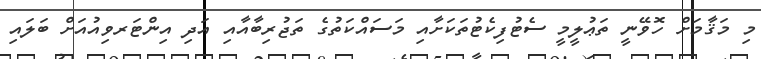
މި މަޤާމަށް ހޮވޭނީ ތަޢުލީމީ ސެޓުފިކެޓުތަކަށާއި މަސައްކަތުގެ ތަޖުރިބާއާއި އަދި އިންޓަރވިއުއަށް ބަލައިި